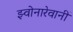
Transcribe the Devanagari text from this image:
झ्वोनारेवानीं